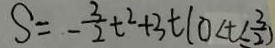
S = - \frac { 3 } { 2 } t ^ { 2 } + 3 t ( 0 < t \leq \frac { 3 } { 2 } )